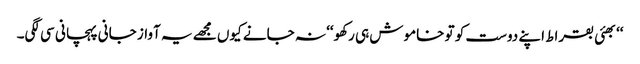
‘‘بھئی بقراط اپنے دوست کو تو خاموش ہی رکھو‘‘ نہ جانے کیوں مجھے یہ آواز جانی پہچانی سی لگی۔